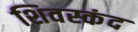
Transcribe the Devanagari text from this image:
शिवस्कंद